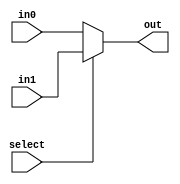
module mux_2_33(select, in0, in1, out);
	input select;
	input [32:0] in0, in1;
	output [32:0] out;
	assign out = select ? in1 : in0;
endmodule